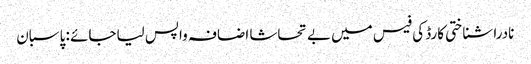
نادرا شناختی کارڈ کی فیس میں بے تحاشا اضافہ واپس لیاجائے : پاسبان